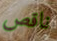
ناقص